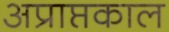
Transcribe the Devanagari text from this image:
अप्राप्तकाल